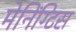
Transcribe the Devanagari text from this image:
मेनिंग्टिस